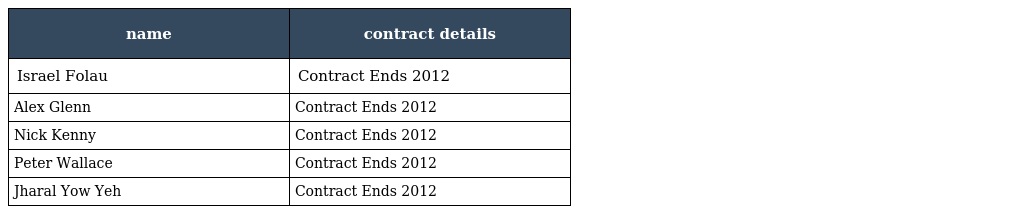
| name | contract details |
 | --- | --- |
 | Israel Folau | Contract Ends 2012 |
 | Alex Glenn | Contract Ends 2012 |
 | Nick Kenny | Contract Ends 2012 |
 | Peter Wallace | Contract Ends 2012 |
 | Jharal Yow Yeh | Contract Ends 2012 |